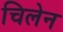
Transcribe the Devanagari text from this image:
चिलेन